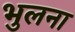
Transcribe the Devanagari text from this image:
भुलना